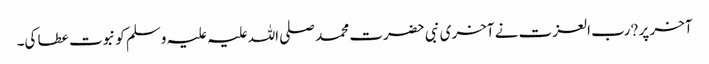
آخر پر ?رب العزت نے آخری نبی حضرت محمد صلی اللہ علیہ علیہ وسلم کو نبوت عطا کی۔